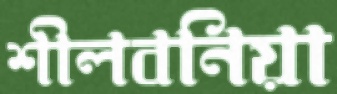
শীলবনিয়া